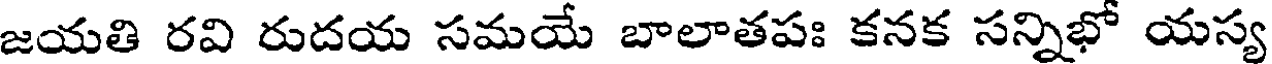
జయతి రవి రుదయ సమయే బాలాతపః కనక సన్నిభో యస్య